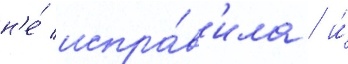
н'е́ испра́в'ила / и́